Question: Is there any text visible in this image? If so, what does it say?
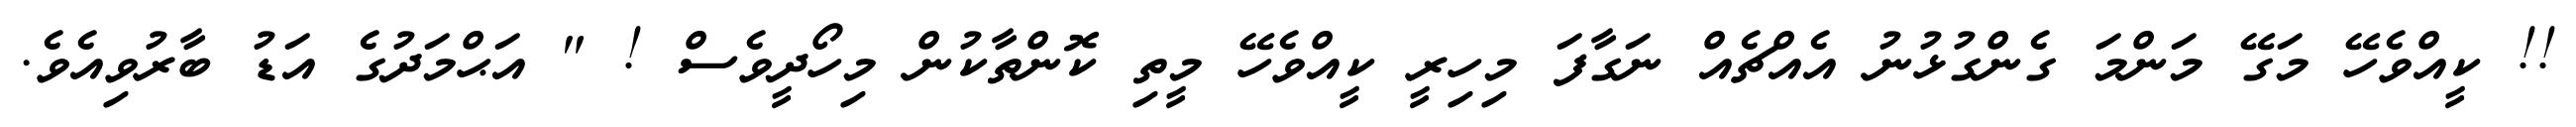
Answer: !! ކީއްވެހޭ މަގޭ މަންމަ ގެންގުޅުނު އެއްޗެއް ނަގާފަ މިހިރީ ކީއްވެހޭ މީތި ކޮންތާކުން މިހޯދީވެސް ! " އަޙްމަދުގެ އަޑު ބާރުވިއެވެ.